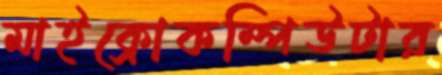
মাইক্রোকম্পিউটার